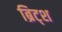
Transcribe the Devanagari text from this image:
ब्रिट्श